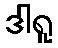
ဒါရူ